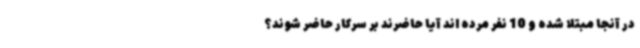
در آنجا مبتلا شده و 10 نفر مرده اند آیا حاضرند بر سرکار حاضر شوند؟